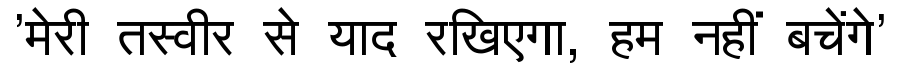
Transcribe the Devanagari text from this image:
'मेरी तस्वीर से याद रखिएगा, हम नहीं बचेंगे'